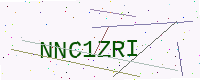
Text: NNC1ZRI